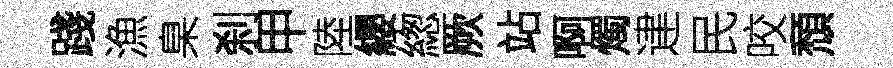
踐漁臬刹甲陸纓緫厥站啊燭䢖民咬頹